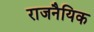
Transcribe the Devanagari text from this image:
राजनैयिक